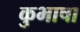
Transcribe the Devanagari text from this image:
कुभाषा